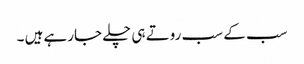
سب کے سب روتے ہی چلے جارہے ہیں ۔